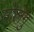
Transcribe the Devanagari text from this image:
सोलंगु